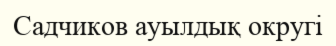
Садчиков ауылдық округі